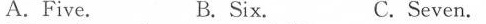
A.Five. B. Six. C.Seven.